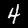
Digit: 4